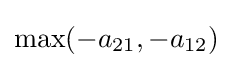
\max(-a_{21},-a_{12})